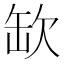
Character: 缼